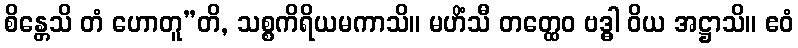
စိန္တေသိ တံ ဟောတူ”တိ, သစ္စကိရိယမကာသိ။ မဟိံသီ တတ္ထေဝ ဗဒ္ဓါ ဝိယ အဋ္ဌာသိ။ ဧဝံ